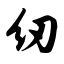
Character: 纫